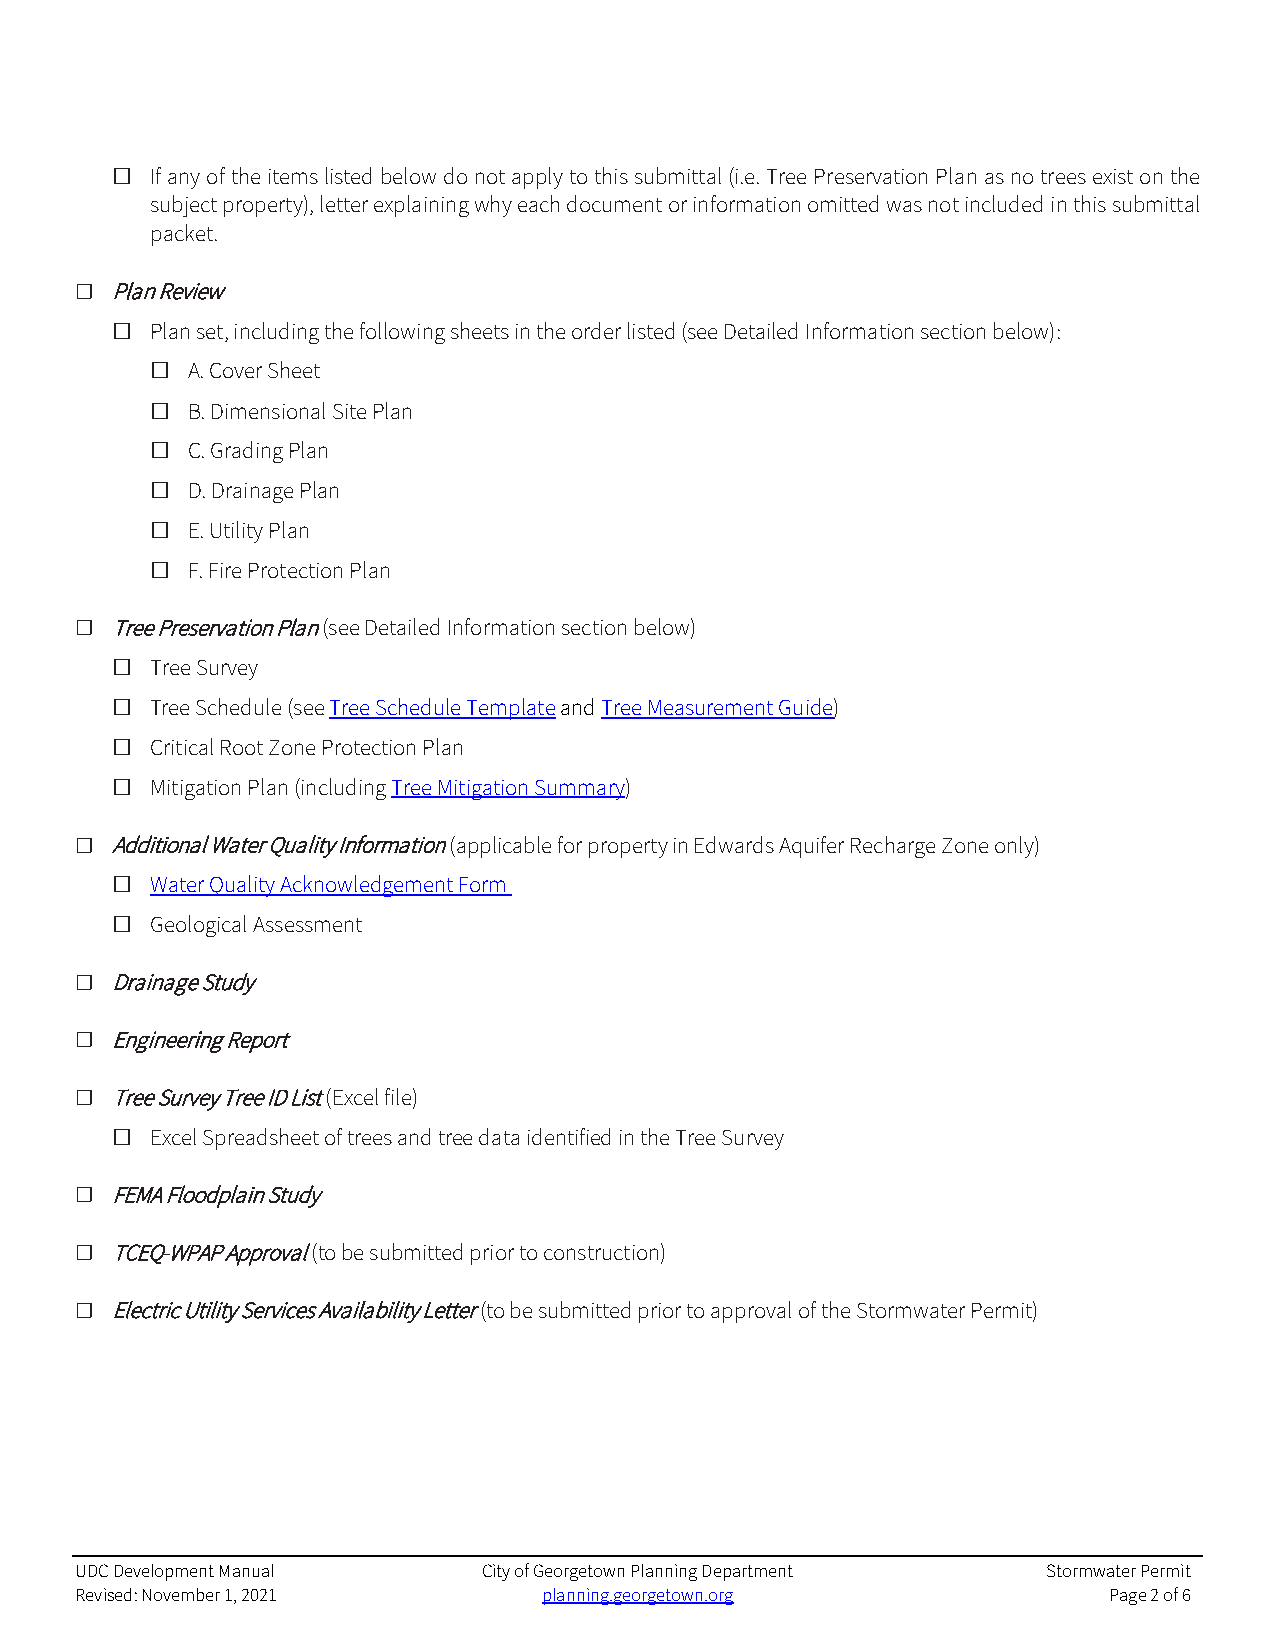
□
 If any of the items listed below do not apply to this submittal (i.e. Tree Preservation Plan as no trees exist on the
 subject property), letter explaining why each document or information omitted was not included in this submittal
 packet.
 ☐ Plan Review
 □
 Plan set, including the following sheets in the order listed (see Detailed Information section below):
 □
 A. Cover Sheet
 □
 B. Dimensional Site Plan
 □
 C. Grading Plan
 □
 D. Drainage Plan
 □
 E. Utility Plan
 □
 F. Fire Protection Plan
 ☐ Tree Preservation Plan (see Detailed Information section below)
 □
 Tree Survey
 □
 Tree Schedule (see Tree Schedule Template and Tree Measurement Guide)
 □
 Critical Root Zone Protection Plan
 □
 Mitigation Plan (including Tree Mitigation Summary)
 ☐ Additional Water Quality Information (applicable for property in Edwards Aquifer Recharge Zone only)
 □
 Water Quality Acknowledgement Form
 □
 Geological Assessment
 ☐ Drainage Study
 ☐ Engineering Report
 ☐ Tree Survey Tree ID List (Excel file)
 □
 Excel Spreadsheet of trees and tree data identified in the Tree Survey
 ☐ FEMA Floodplain Study
 ☐ TCEQ-WPAP Approval (to be submitted prior to construction)
 ☐ Electric Utility Services Availability Letter (to be submitted prior to approval of the Stormwater Permit)
 UDC Development Manual     City of Georgetown Planning Department Stormwater Permit
 Revised: November 1, 2021      planning.georgetown.org              Page 2 of 6